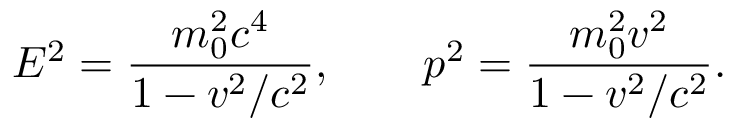
E ^ { 2 } = { \frac { m _ { 0 } ^ { 2 } c ^ { 4 } } { 1 - v ^ { 2 } / c ^ { 2 } } } , \qquad p ^ { 2 } = { \frac { m _ { 0 } ^ { 2 } v ^ { 2 } } { 1 - v ^ { 2 } / c ^ { 2 } } } .